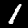
Digit: 1